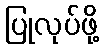
ပြုလုပ်ဖို့